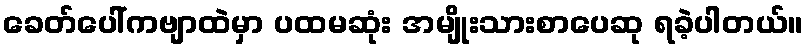
ခေတ်ပေါ်ကဗျာထဲမှာ ပထမဆုံး အမျိုးသားစာပေဆု ရခဲ့ပါတယ်။